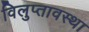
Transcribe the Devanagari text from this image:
विलुप्‍तावस्‍था